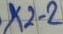
Text: X2-2